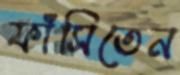
ফাঁসিতেন